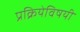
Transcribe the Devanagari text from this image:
प्रक्रियेविषयी